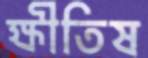
ক্ষীতিষ